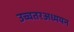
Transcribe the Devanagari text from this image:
उच्चतरअध्ययन